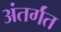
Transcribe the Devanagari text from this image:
अंतर्गंत